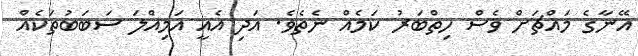
އޭނާގެ މައްޗަށް ވެސް ހިތްބަރު ކަމެއް ނެތެވެ. އަދި އެއީ އަމިއްލަ ސަބަބުތަކެއް